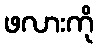
ဖလားကို